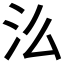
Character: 𭯷